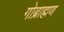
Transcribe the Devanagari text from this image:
गोब्राह्मण